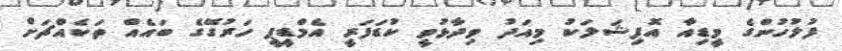
ފުލުހުންގެ މީޑިއާ އޮފިޝަލަކު މިއަދު ވިދާޅުވީ ކުޑަފަރީ އެމްޑީޕީ ހަރުގޭގެ ބައެއް ތަކެއްޗަށް